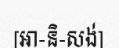
[អា-និ-សង់]